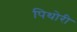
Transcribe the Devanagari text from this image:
पिथोरी